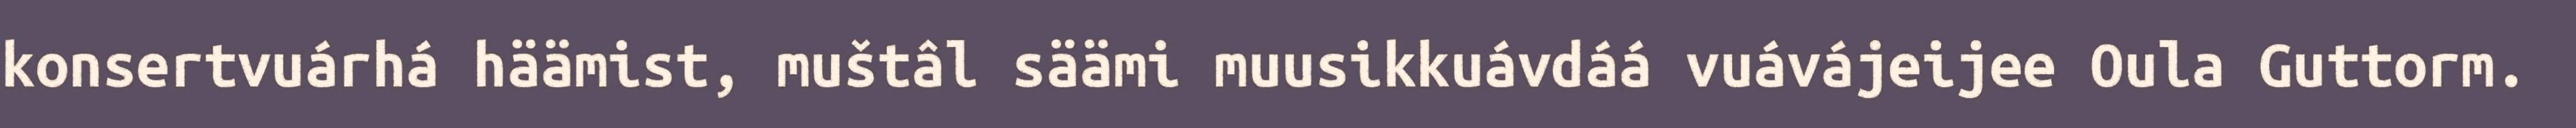
konsertvuárhá häämist, muštâl säämi muusikkuávdáá vuávájeijee Oula Guttorm.